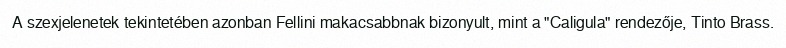
A szexjelenetek tekintetében azonban Fellini makacsabbnak bizonyult, mint a "Caligula" rendezője, Tinto Brass.